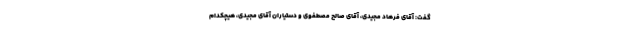
گفت: آقای فرهاد مجیدی، آقای صالح مصطفوی و دستیاران آقای مجیدی، هیچکدام